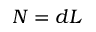
N = d L